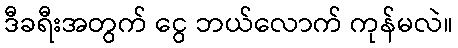
ဒီခရီးအတွက် ငွေ ဘယ်လောက် ကုန်မလဲ။